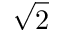
\sqrt { 2 }